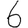
Digit: 6